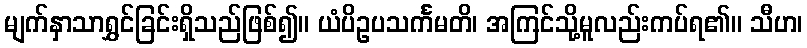
မျက်နှာသာရွှင်ခြင်းရှိသည်ဖြစ်၍။ ယံပိဥပသင်္ကမတိ၊ အကြင်သို့မူလည်းကပ်ရ၏။ သီဟ၊